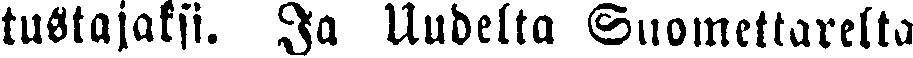
tustajaksi. Ja Uudelta Suomettarelta